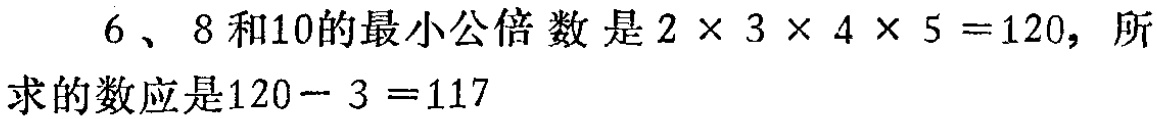
$6、8$和$10$的最小公倍数是$2\times 3\times 4\times 5 = 120$，所求的数应是$120 - 3 = 117$